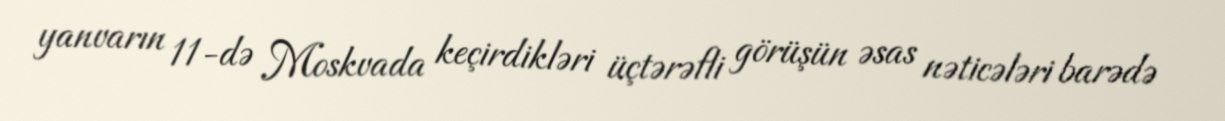
yanvarın 11-də Moskvada keçirdikləri üçtərəfli görüşün əsas nəticələri barədə